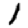
Digit: 1